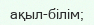
ақыл-білім;